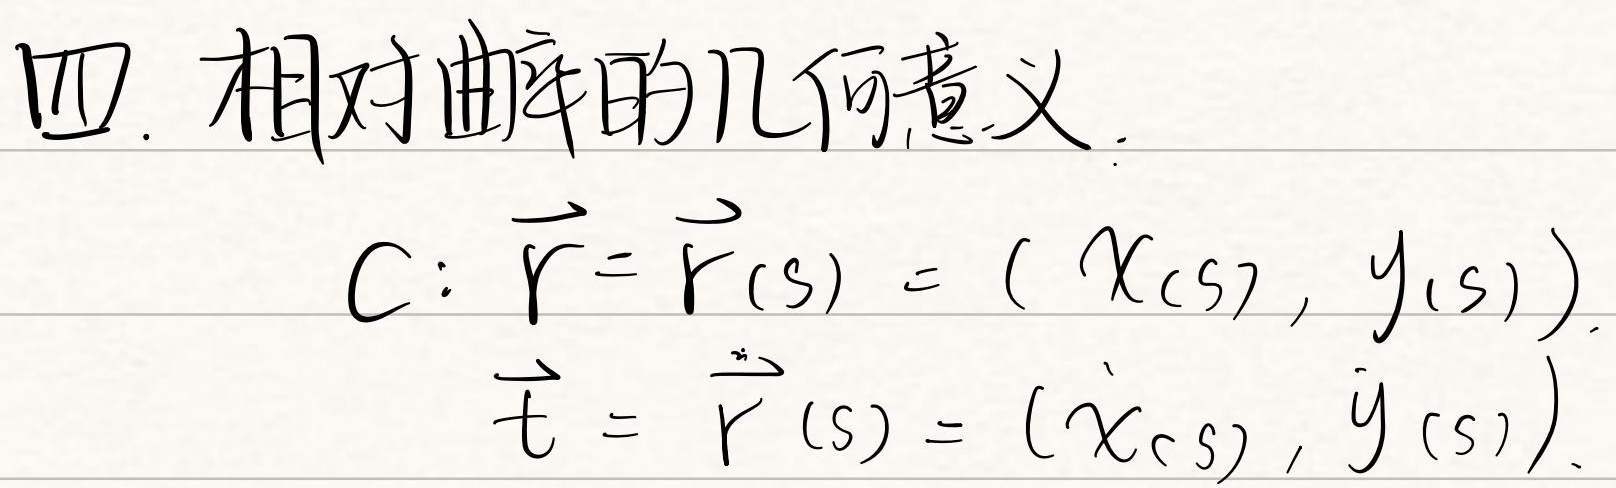
四. 相对曲率的几何意义.
\[
\begin{align*}
C:\vec{r}&=\vec{r}(s)=(x(s),y(s))\\
\vec{t}&=\vec{\dot{r}}(s)=(\dot{x}(s),\dot{y}(s))
\end{align*}
\]